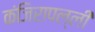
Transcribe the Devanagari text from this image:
कंजिरापल्ली